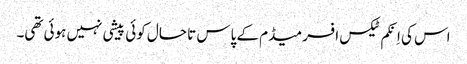
اس کی اِنکم ٹیکس افسر میڈم کے پاس تا حال کوئی پیشی نہیں ہوئی تھی۔